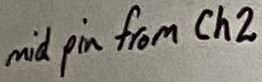
Text: mid pin from Ch2